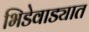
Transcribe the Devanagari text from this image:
भिडेवाड्यात